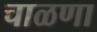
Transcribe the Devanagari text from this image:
चाळणा